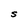
Character: S